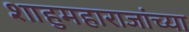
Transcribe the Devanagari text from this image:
शाहुमहाराजांच्या